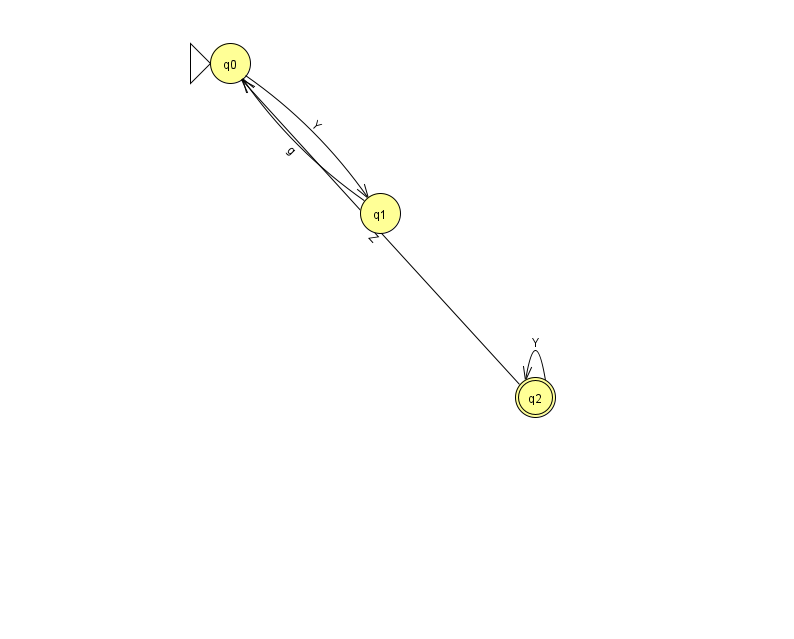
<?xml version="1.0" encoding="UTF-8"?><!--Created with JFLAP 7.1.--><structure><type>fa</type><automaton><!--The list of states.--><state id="0" name="q0"><x>230.0</x><y>50.0</y><initial/></state><state id="1" name="q1"><x>380.0</x><y>200.0</y></state><state id="2" name="q2"><x>535.0</x><y>384.0</y><final/></state><!--The list of transitions.--><transition><from>2</from><to>0</to><read>Z</read></transition><transition><from>1</from><to>0</to><read>g</read></transition><transition><from>2</from><to>2</to><read>Y</read></transition><transition><from>0</from><to>1</to><read>Y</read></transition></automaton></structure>